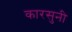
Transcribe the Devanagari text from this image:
कारसुनी